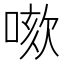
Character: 𠺡